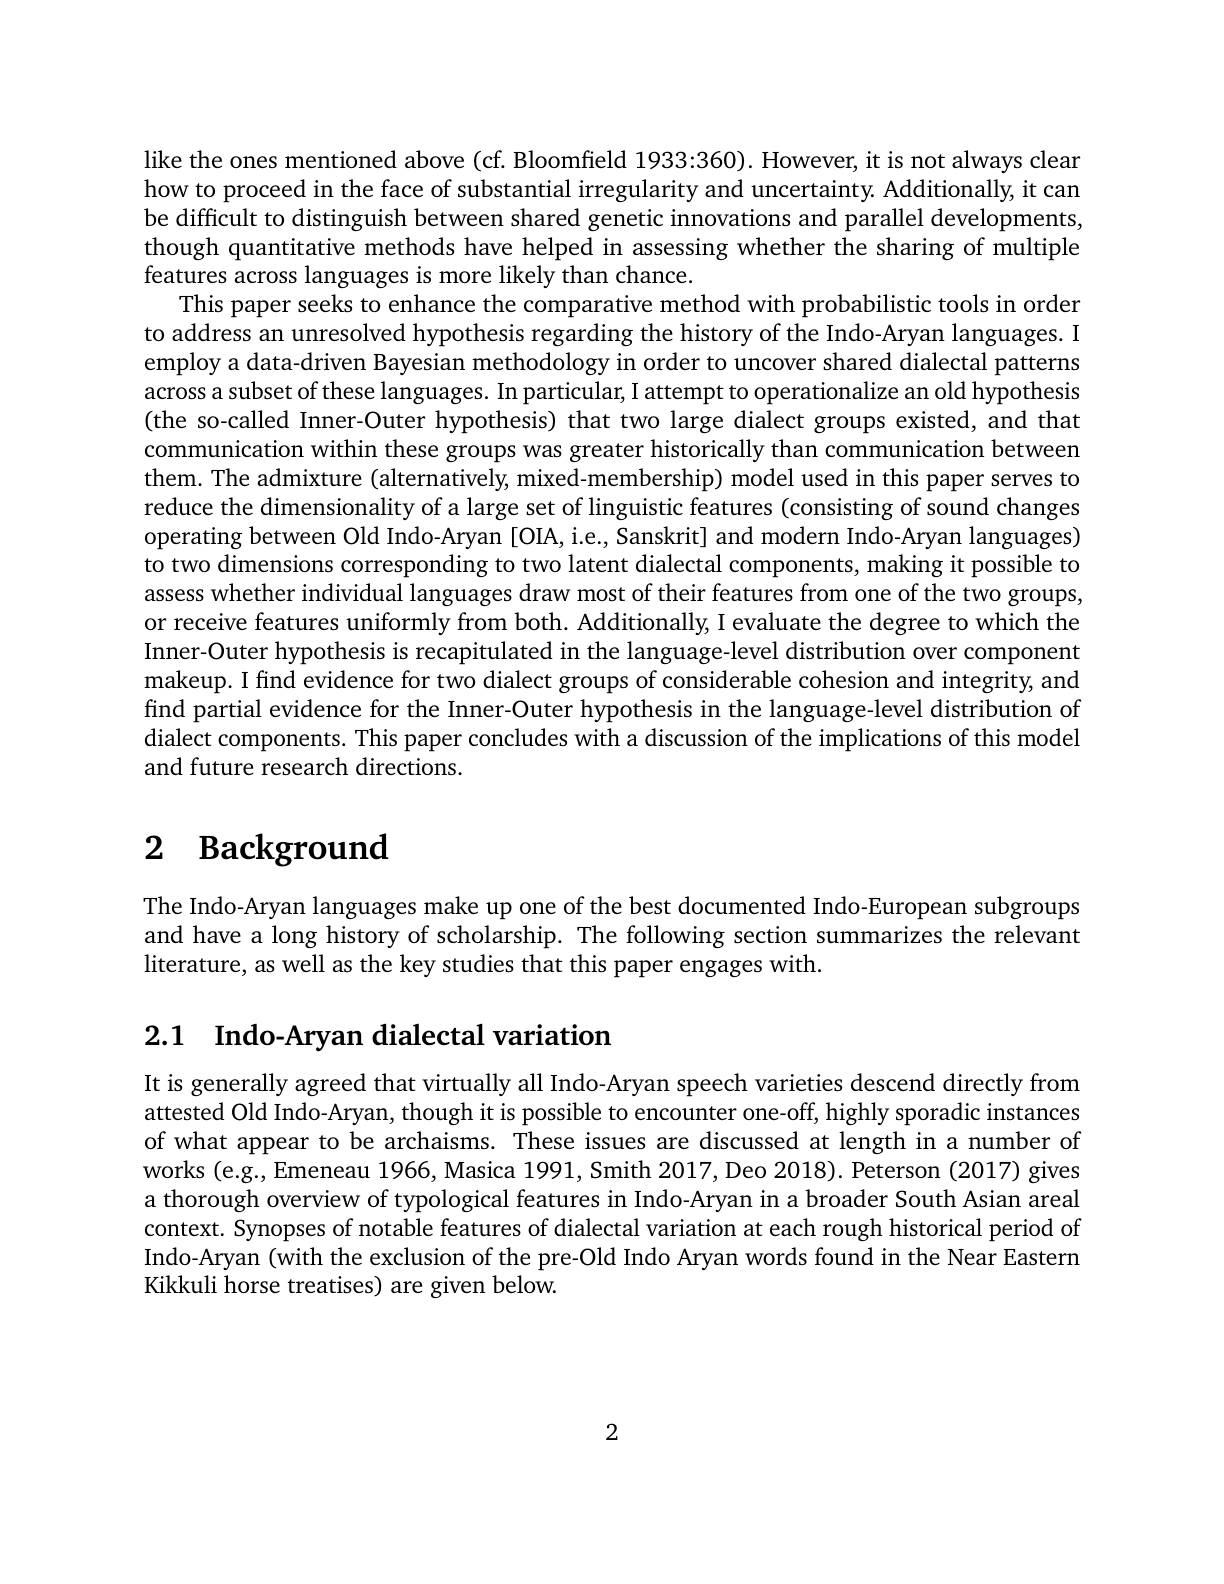
like the ones mentioned above (cf. Bloomfield 1933:360). However, it is not always clean how to proceed in the face of substantial irregularity and uncertainty. Additionally, it can be difficult to distinguish between shared genetic innovations and parallel developments, though quantitative methods have helped in assessing whether the sharing of multiple features across languages is more likely than chance.
This paper seeks to enhance the comparative method with probabilistic tools in order to address an unresolved hypothesis regarding the history of the Indo-Aryan languages. I employ a data-driven Bayesian methodology in order to uncover shared dialectal patterns across a subset of these languages. In particular, I attempt to operationalize an old hypothesis (the so-called Inner-Outer hypothesis) that two large dialect groups existed, and that communication within these groups was greater historically than communication between them. The admixture (alternatively, mixed-membership) model used in this paper serves to reduce the dimensionality of a large set of linguistic features (consisting of sound changes operating between Old Indo-Aryan [OIA, i.e., Sanskrit] and modern Indo-Aryan languages) to two dimensions corresponding to two latent dialectal components, making it possible to assess whether individual languages draw most of their features from one of the two groups, or receive features uniformly from both. Additionally, I evaluate the degree to which the Inner-Outer hypothesis is recapitulated in the language-level distribution over component makeup. I find evidence for two dialect groups of considerable cohesion and integrity, and find partial evidence for the Inner-Outer hypothesis in the language-level distribution of dialect components. This paper concludes with a discussion of the implications of this model and future research directions.

# $\textbf{2}$ $\textbf{Background}$

The Indo-Aryan languages make up one of the best documented Indo-European subgroups and have a long history of scholarship. The following section summarizes the relevant literature, as well as the key studies that this paper engages with.

# 2.1 Indo-Aryan dialectal variation

It is generally agreed that virtually all Indo-Aryan speech varieties descend directly from attested Old Indo-Aryan, though it is possible to encounter one-off, highly sporadic instances of what appear to be archaisms. These issues are discussed at length in a number of works (e.g., Emeneau 1966, Masica 1991, Smith 2017, Deo 2018). Peterson (2017) gives a thorough overview of typological features in Indo-Aryan in a broader South Asian areal context. Synopses of notable features of dialectal variation at each rough historical period of Indo-Aryan (with the exclusion of the pre-Old Indo Aryan words found in the Near Eastern Kikkuli horse treatises) are given below.

2